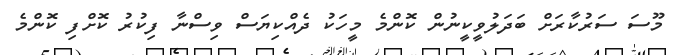
މޫސަ ސަރުކާރަށް ބަދަލުވީކީނުން ކޮންމެ މީހަކު ދެއްކިޔަސް ވިސްނާ ފިކުރު ކޮށްފި ކޮންމެ